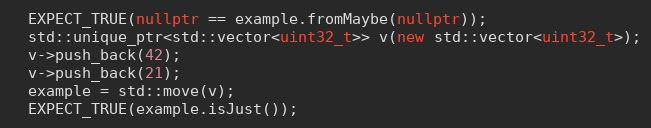
Language: C++
  EXPECT_TRUE(nullptr == example.fromMaybe(nullptr));
  std::unique_ptr<std::vector<uint32_t>> v(new std::vector<uint32_t>);
  v->push_back(42);
  v->push_back(21);
  example = std::move(v);
  EXPECT_TRUE(example.isJust());